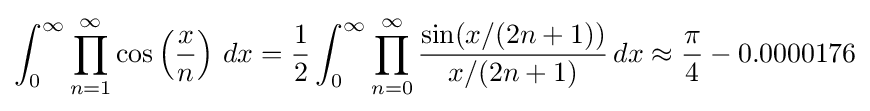
\int _{0}^{\infty }\prod _{n=1}^{\infty }\cos \left({\frac {x}{n}}\right)\,dx={\frac {1}{2}}\int _{0}^{\infty }\prod _{n=0}^{\infty }{\frac {\sin(x/(2n+1))}{x/(2n+1)}}\,dx\approx {\frac {\pi }{4}}-0.0000176